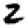
Digit: 2